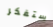
ستفكر